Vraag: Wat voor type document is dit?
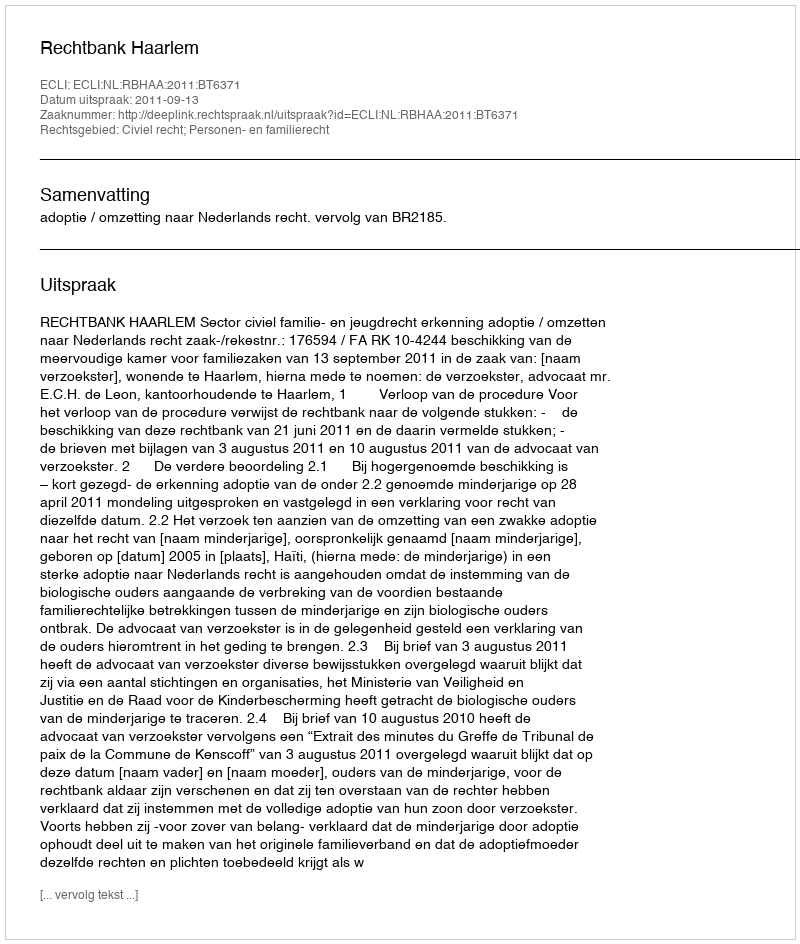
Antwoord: Uitspraak